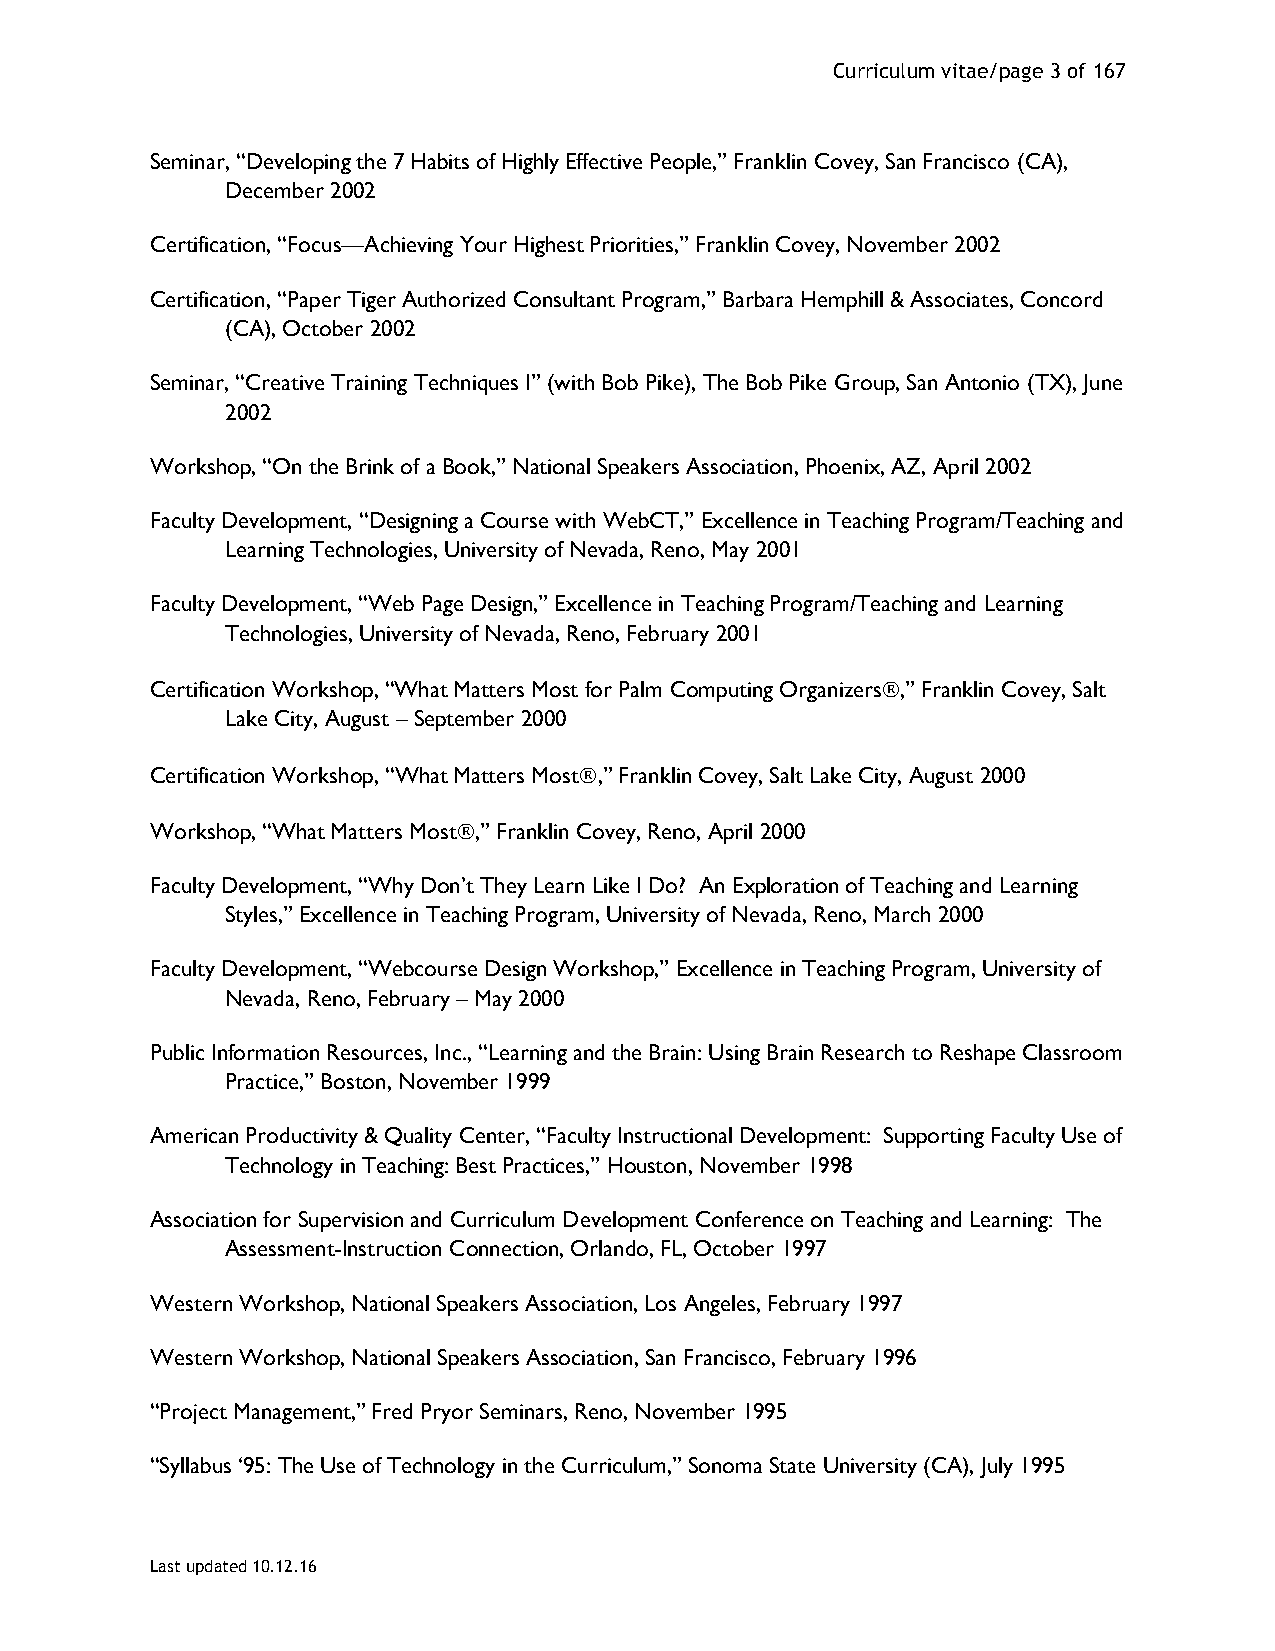
Curriculum vitae/page 3 of 167
 Seminar, “Developing the 7 Habits of Highly Effective People,” Franklin Covey, San Francisco (CA),
 December 2002
 Certification, “Focus—Achieving Your Highest Priorities,” Franklin Covey, November 2002
 Certification, “Paper Tiger Authorized Consultant Program,” Barbara Hemphill & Associates, Concord
 (CA), October 2002
 Seminar, “Creative Training Techniques I” (with Bob Pike), The Bob Pike Group, San Antonio (TX), June
 2002
 Workshop, “On the Brink of a Book,” National Speakers Association, Phoenix, AZ, April 2002
 Faculty Development, “Designing a Course with WebCT,” Excellence in Teaching Program/Teaching and
 Learning Technologies, University of Nevada, Reno, May 2001
 Faculty Development, “Web Page Design,” Excellence in Teaching Program/Teaching and Learning
 Technologies, University of Nevada, Reno, February 2001
 Certification Workshop, “What Matters Most for Palm Computing Organizers,” Franklin Covey, Salt
 Lake City, August – September 2000
 Certification Workshop, “What Matters Most,” Franklin Covey, Salt Lake City, August 2000
 Workshop, “What Matters Most,” Franklin Covey, Reno, April 2000
 Faculty Development, “Why Don’t They Learn Like I Do? An Exploration of Teaching and Learning
 Styles,” Excellence in Teaching Program, University of Nevada, Reno, March 2000
 Faculty Development, “Webcourse Design Workshop,” Excellence in Teaching Program, University of
 Nevada, Reno, February – May 2000
 Public Information Resources, Inc., “Learning and the Brain: Using Brain Research to Reshape Classroom
 Practice,” Boston, November 1999
 American Productivity & Quality Center, “Faculty Instructional Development: Supporting Faculty Use of
 Technology in Teaching: Best Practices,” Houston, November 1998
 Association for Supervision and Curriculum Development Conference on Teaching and Learning: The
 Assessment-Instruction Connection, Orlando, FL, October 1997
 Western Workshop, National Speakers Association, Los Angeles, February 1997
 Western Workshop, National Speakers Association, San Francisco, February 1996
 “Project Management,” Fred Pryor Seminars, Reno, November 1995
 “Syllabus ‘95: The Use of Technology in the Curriculum,” Sonoma State University (CA), July 1995
 Last updated 10.12.16